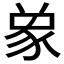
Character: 𮙞